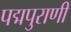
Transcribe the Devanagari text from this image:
पद्मपुराणी